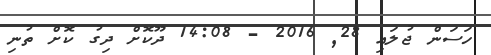
ހަސަން ޖުލައި 28